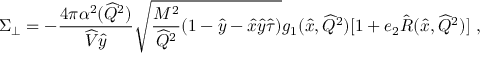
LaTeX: \Sigma _ { \bot } = - \frac { 4 \pi \alpha ^ { 2 } ( \widehat Q ^ { 2 } ) } { \widehat V \hat { y } } \sqrt { \frac { M ^ { 2 } } { \widehat Q ^ { 2 } } ( 1 - \hat { y } - \hat { x } \hat { y } \hat { \tau } ) } g _ { 1 } ( \hat { x } , \widehat Q ^ { 2 } ) [ 1 + e _ { 2 } \hat { R } ( \hat { x } , \widehat Q ^ { 2 } ) ] \ ,